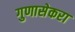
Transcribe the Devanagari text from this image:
गुणासेकरा